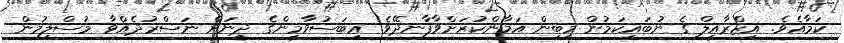
ކަމާއެވެ. އިޒްރާއީލް ގެ ނުބައިކަމުން މިބިން އަމާންކުރަށްވާފާނދޭވެ! ޢިބަސުވާމީންގެ ދީނަށް ނަސްރުދެއްވާ މުސްލިމުން